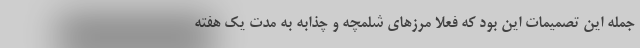
جمله این تصمیمات این بود که فعلا مرزهای شلمچه و چذابه به مدت یک هفته